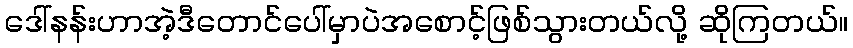
ဒေါ်နန်းဟာအဲ့ဒီတောင်ပေါ်မှာပဲအစောင့်ဖြစ်သွားတယ်လို့ ဆိုကြတယ်။